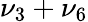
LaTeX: \nu_{3}+\nu_{6}